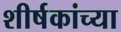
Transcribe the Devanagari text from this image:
शीर्षकांच्या